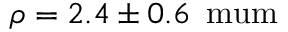
\rho = 2 . 4 \pm 0 . 6 \, \mathrm { { \ m u m } }